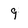
Character: 9